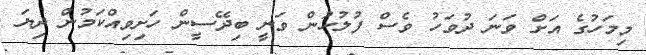
މިމަހުގެ އަށް ވަނަ ދުވަހު ވެސް ފުލުހުން ވަނީ ބިދޭސީން ހަށިވިއްކަމުން ދިޔަ